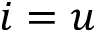
i = u